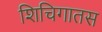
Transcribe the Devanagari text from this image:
शिचिगातस